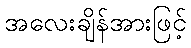
အလေးချိန်အားဖြင့်